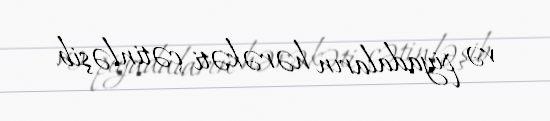
və piyadaların hərəkəti çətinləşib.